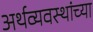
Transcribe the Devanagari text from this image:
अर्थव्यवस्थांच्या